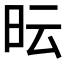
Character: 𭥓